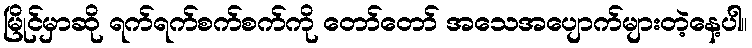
မြိုင်မှာဆို ရက်ရက်စက်စက်ကို တော်တော် အသေအပျောက်များတဲ့နေ့ပါ။